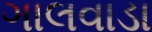
ગાલવાડા